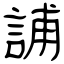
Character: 誧